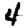
Digit: 4